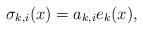
LaTeX: \begin{align*} \sigma_{k, i}(x) = a_{k, i} e_{k}(x) ,\end{align*}